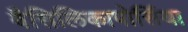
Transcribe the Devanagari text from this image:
वैसिलिकापोर्सिया